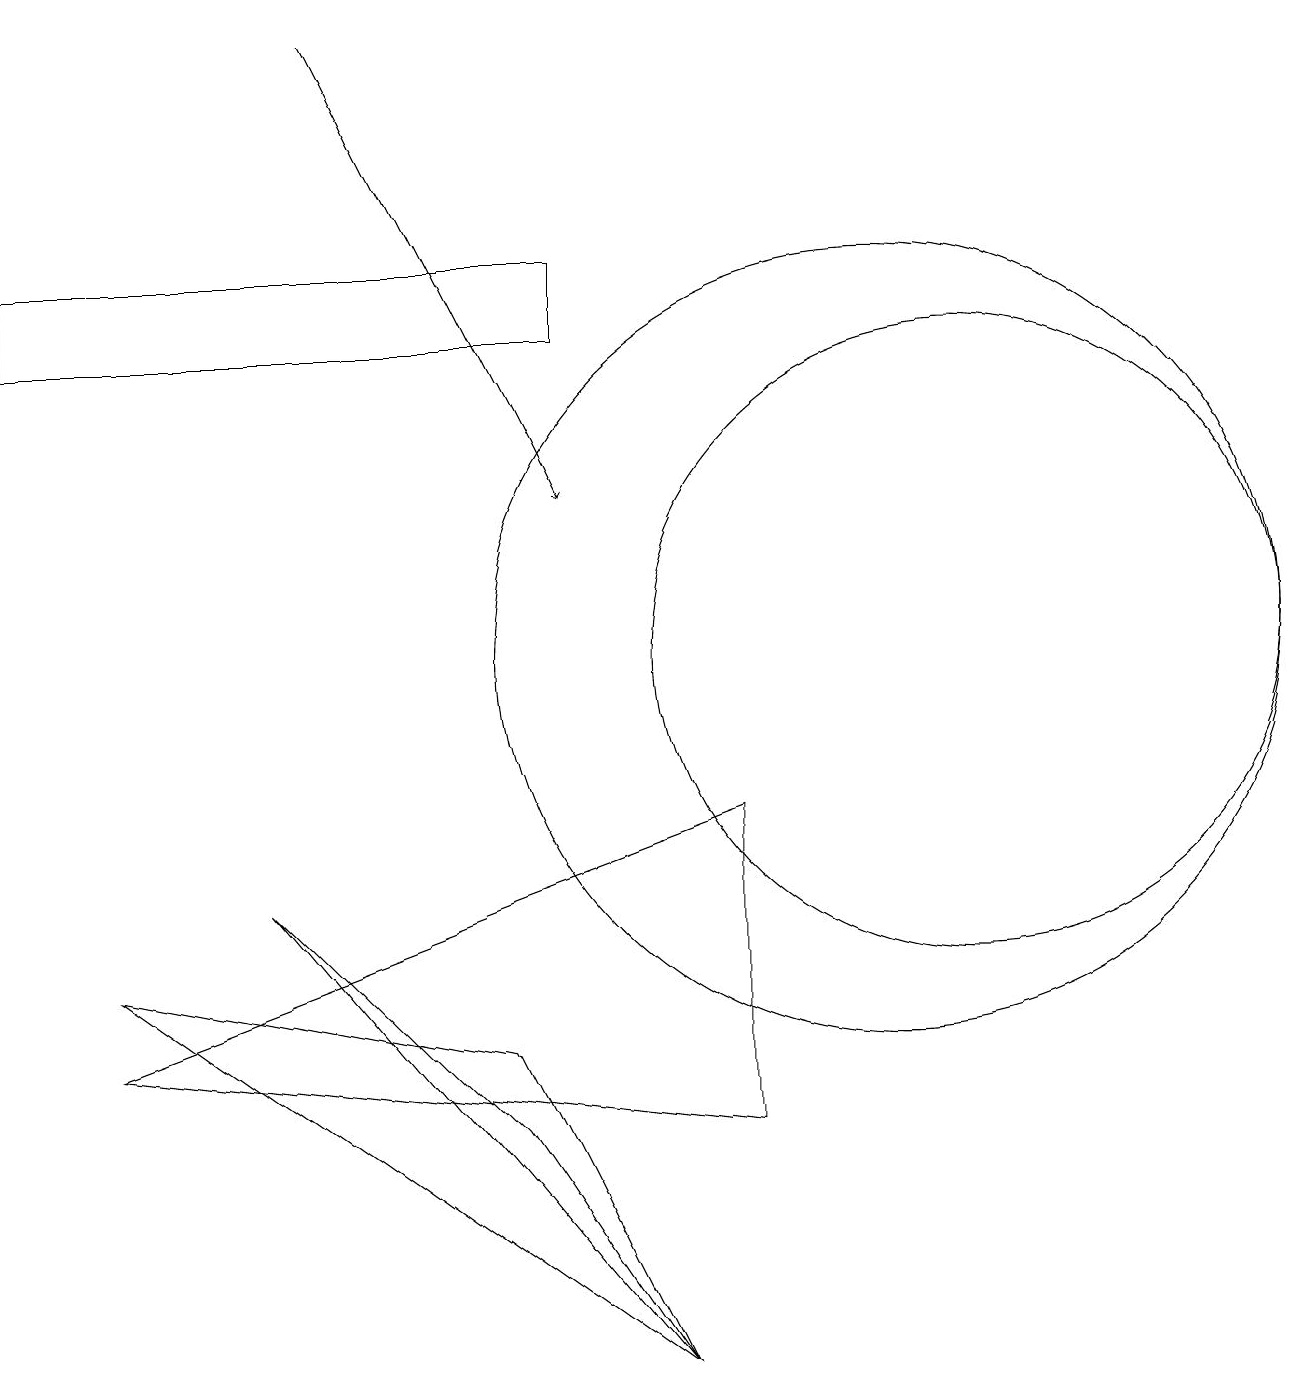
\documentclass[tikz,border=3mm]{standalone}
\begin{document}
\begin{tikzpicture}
\draw (12,11) circle (4);
\draw[->] (4,19) -- (7,13);
\draw (11,11) circle (5);
\draw (8,2) -- (6,5) -- (3,8) -- cycle;
\draw (6,6) -- (8,2) -- (1,7) -- cycle;
\draw (10,10) circle (0);
\draw (7,15) rectangle (0,16);
\draw (9,9) -- (1,6) -- (9,5) -- cycle;
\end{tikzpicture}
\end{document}